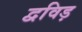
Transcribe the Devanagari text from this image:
द्वविड़